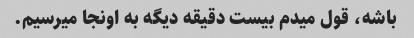
باشه، قول میدم بیست دقیقه دیگه به ​​اونجا میرسیم.